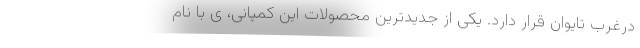
درغرب تایوان قرار دارد. یکی از جدیدترین محصولات این کمپانی، ی با نام